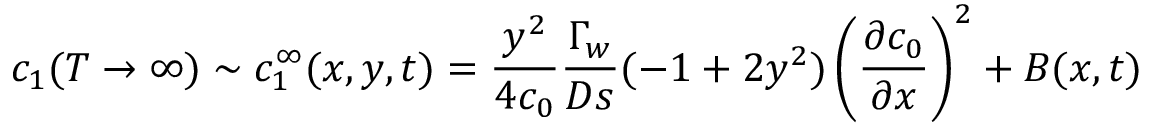
c _ { 1 } ( T \rightarrow \infty ) \sim c _ { 1 } ^ { \infty } ( x , y , t ) = \frac { y ^ { 2 } } { 4 c _ { 0 } } \frac { \Gamma _ { w } } { D s } ( - 1 + 2 y ^ { 2 } ) \left( \frac { \partial c _ { 0 } } { \partial x } \right) ^ { 2 } + B ( x , t )